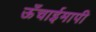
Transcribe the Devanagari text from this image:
ऊँचाईमापी